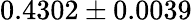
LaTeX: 0.4302\pm 0.0039